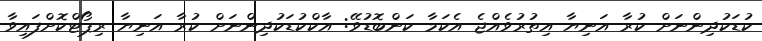
ކުޑަކުދިންނަށް ކުރާ އަނިޔާ އިތުރުވެއްޖެ އެކަމާ ކަންބޮޑުވޭ: އާކްކުޑަކުދިންނަށް ކުރާ އަނިޔާ ރިޕޯޓްކޮށްފައިވާ